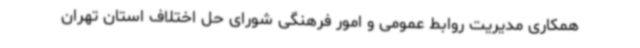
همکاری مدیریت روابط عمومی و امور فرهنگی شورای حل اختلاف استان تهران